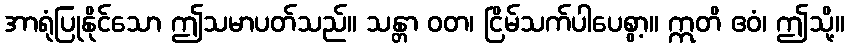
အာရုံပြုနိုင်သော ဤသမာပတ်သည်။ သန္တာ ဝတ၊ ငြိမ်သက်ပါပေစွာ့။ ဣတိ ဧဝံ၊ ဤသို့။